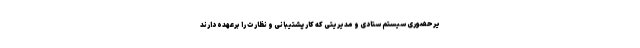
یرحضوری سیستم ستادی و مدیریتی که کار پشتیبانی و نظارت را برعهده دارند